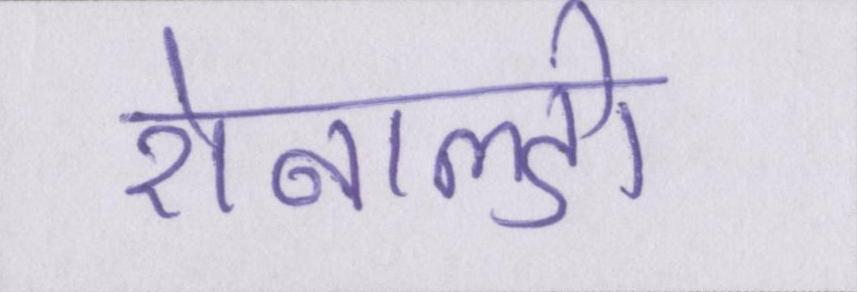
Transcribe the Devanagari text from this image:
रोनाल्डो